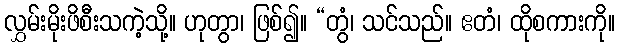
လွှမ်းမိုးဖိစီးသကဲ့သို့။ ဟုတွာ၊ ဖြစ်၍။ “တွံ၊ သင်သည်။ ဧတံ၊ ထိုစကားကို။